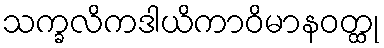
သက္ခလိကဒါယိကာဝိမာနဝတ္ထု